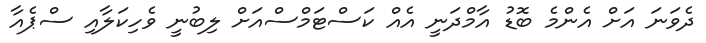
ދެވަނަ އަށް އެންމެ ބޮޑު އާމްދަނީ އެއް ކަސްޓަމްސްއަށް ލިބުނީ ވެހިކަލާއި ސްޕެއާ